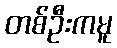
တစ်ဦးကမူ